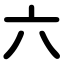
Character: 六